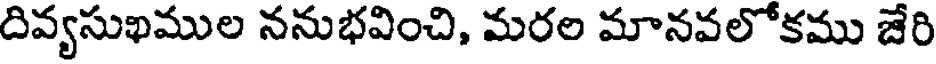
దివ్యసుఖముల ననుభవించి, మరల మానవలోకము జేరి